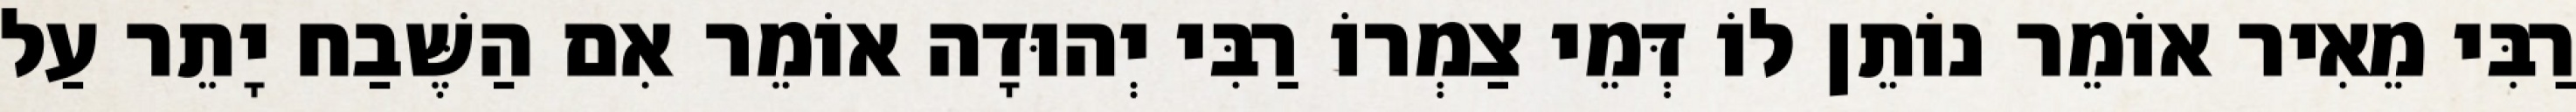
רַבִּי מֵאִיר אוֹמֵר נוֹתֵן לוֹ דְּמֵי צַמְרוֹ רַבִּי יְהוּדָה אוֹמֵר אִם הַשֶּׁבַח יָתֵר עַל